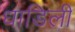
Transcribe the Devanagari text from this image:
धाडिली